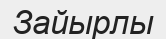
Зайырлы